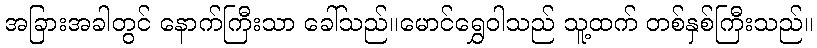
အခြားအခါတွင် နောက်ကြီးသာ ခေါ်သည်။မောင်ရွှေဝါသည် သူ့ထက် တစ်နှစ်ကြီးသည်။